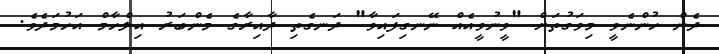
ދެން ހުންނެވީ މިވަގުތަށް "ވީނުވީއެއް ނޭނގިފައިވާ" ދަނގެތި ދާއިރާގެ މެންބަރު އިލްހާމް އަހުމަދެވެ.